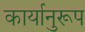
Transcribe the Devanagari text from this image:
कार्यानुरूप